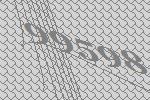
99598